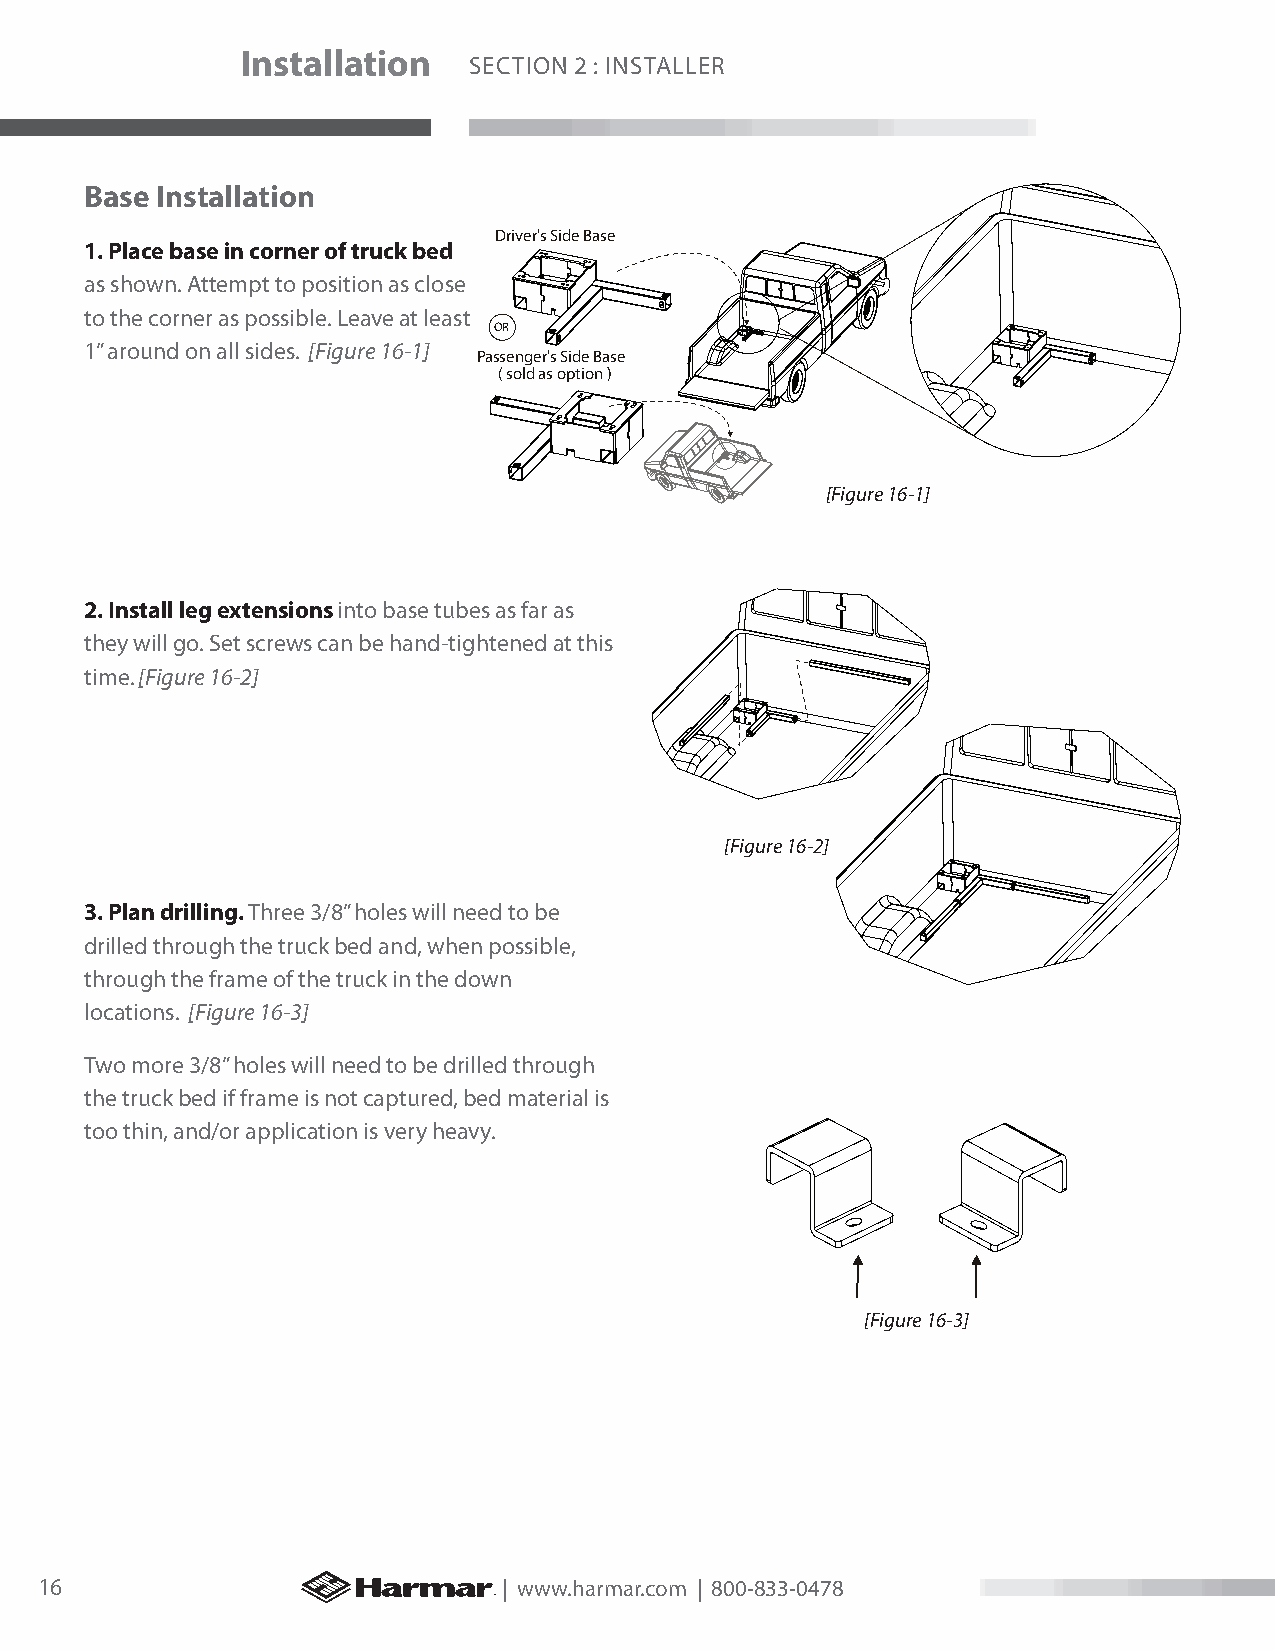
Installation
 SECTION 2 : INSTALLER
 Base Installation
 Driver's Side Base
 1. Place base in corner of truck bed
 as shown. Attempt to position as close
 to the corner as possible. Leave at least
 OR
 1” around on all sides. [Figure 16-1]
 Passenger's Side Base
 ( sold as option )
 [Figure 16-1]
 2. Install leg extensions into base tubes as far as
 they will go. Set screws can be hand-tightened at this
 time. [Figure 16-2]
 [Figure 16-2]
 3. Plan drilling. Three 3/8” holes will need to be
 drilled through the truck bed and, when possible,
 through the frame of the truck in the down
 locations. [Figure 16-3]
 Two more 3/8” holes will need to be drilled through
 the truck bed if frame is not captured, bed material is
 too thin, and/or application is very heavy.
 [Figure 16-3]
 16                             | www.harmar.com | 800-833-0478